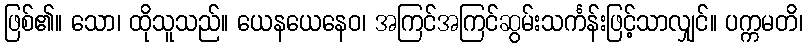
ဖြစ်၏။ သော၊ ထိုသူသည်။ ယေနယေနေဝ၊ အကြင်အကြင်ဆွမ်းသင်္ကန်းဖြင့်သာလျှင်။ ပက္ကမတိ၊